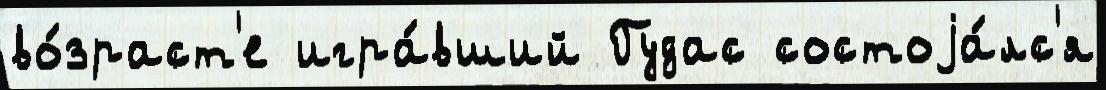
во́зраст'е игра́вший Гудас состоjа́лс'я